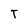
Character: T